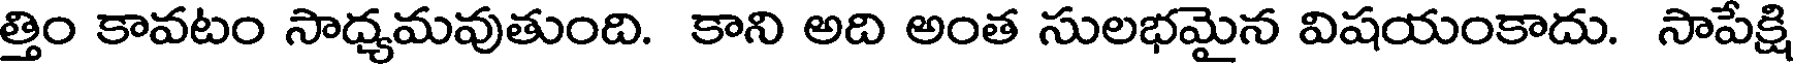
త్తిం కావటం సాధ్యమవుతుంది. కాని అది అంత సులభమైన విషయంకాదు. సాపేక్షి